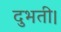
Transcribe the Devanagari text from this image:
दुभती।